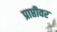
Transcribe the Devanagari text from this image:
प्राप्तीवर